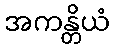
အကန္တိယံ